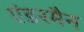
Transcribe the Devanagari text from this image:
एंडरमैन